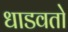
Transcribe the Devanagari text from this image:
धाडवतो